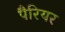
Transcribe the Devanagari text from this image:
पैरियर